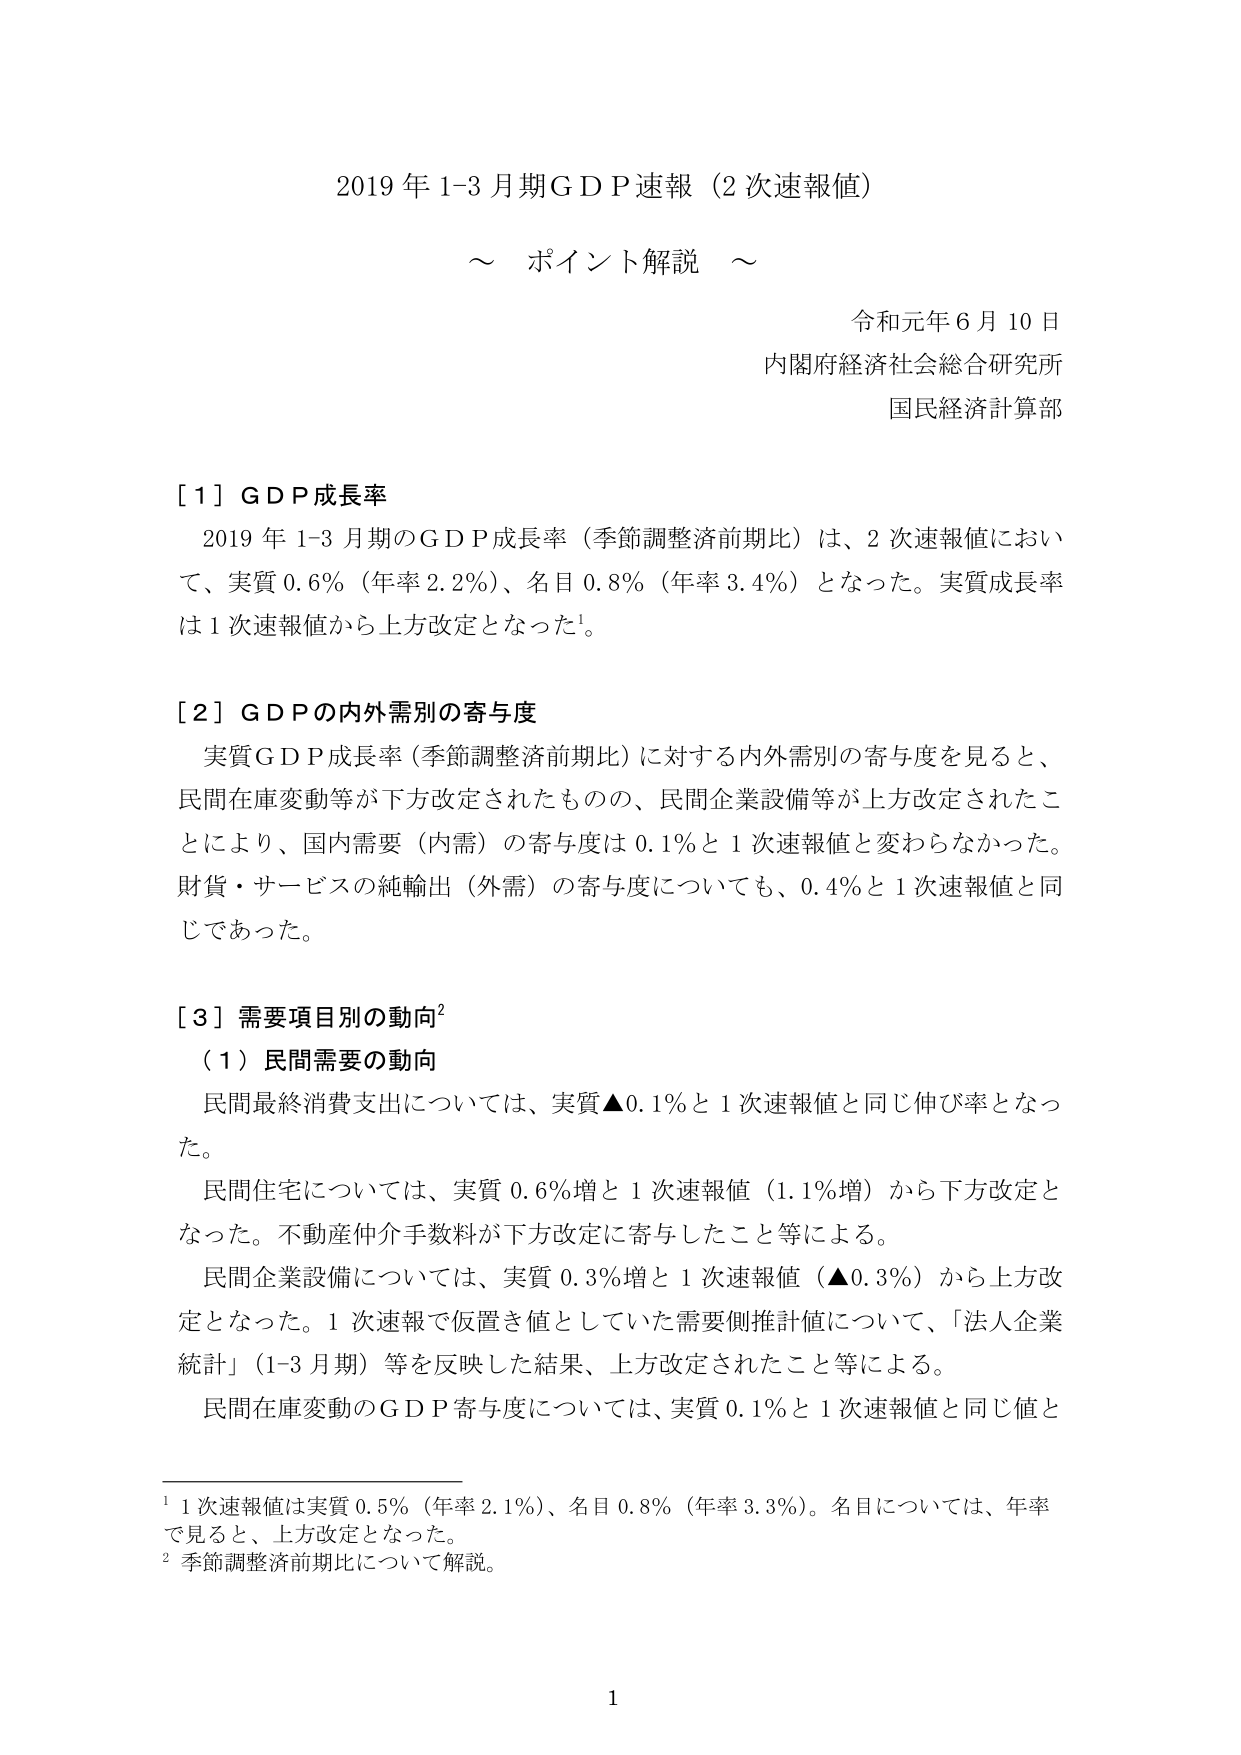
2019年1-3月期GDP速報（2次速報値）
～ ポイント解説 ～

令和元年6月10日
内閣府経済社会総合研究所
国民経済計算部

[1] GDP成長率
　2019年1-3月期のGDP成長率（季節調整済前期比）は、2次速報値において、実質0.6％（年率2.2％）、名目0.8％（年率3.4％）となった。実質成長率は1次速報値から上方改定となった¹。

[2] GDPの内外需別の寄与度
　実質GDP成長率（季節調整済前期比）に対する内外需別の寄与度を見ると、民間在庫変動等が下方改定されたものの、民間企業設備等が上方改定されたことにより、国内需要（内需）の寄与度は0.1％と1次速報値と変わらなかった。財貨・サービスの純輸出（外需）の寄与度についても、0.4％と1次速報値と同じであった。

[3] 需要項目別の動向²
　（1）民間需要の動向
　　民間最終消費支出については、実質▲0.1％と1次速報値と同じ伸び率となった。
　　民間住宅については、実質0.6％増と1次速報値（1.1％増）から下方改定となった。不動産仲介手数料が下方改定に寄与したこと等による。
　　民間企業設備については、実質0.3％増と1次速報値（▲0.3％）から上方改定となった。1次速報で仮置き値としていた需要側推計値について、「法人企業統計」（1-3月期）等を反映した結果、上方改定されたこと等による。
　　民間在庫変動のGDP寄与度については、実質0.1％と1次速報値と同じ値と

¹ 1次速報値は実質0.5％（年率2.1％）、名目0.8％（年率3.3％）。名目については、年率で見ると、上方改定となった。
² 季節調整済前期比について解説。

1